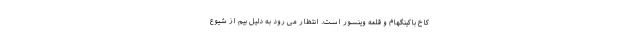
کاخ باکینگهام و قلعه وینسور است. انتظار می رود به دلیل بیم از شیوع